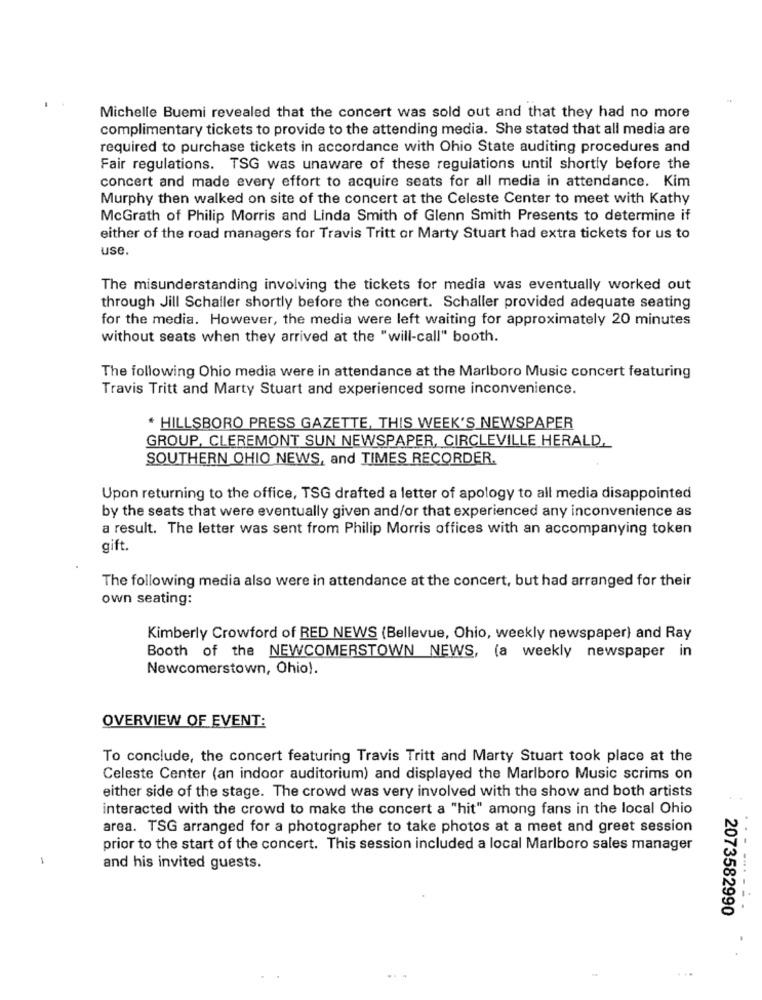
Michelle Buemi revealed that the concert was sold out and that they had no more
complimentary tickets to provide to the attending media. She stated that all media are
required to purchase tickets in accordance with Ohio State auditing procedures and
Fair regulations. TSG was unaware of these regulations until shortly before the
concert and made every effort to acquire seats for all media in attendance. Kim
Murphy then walked on site of the concert at the Celeste Center to meet with Kathy
McGrath of Philip Morris and Linda Smith of Glenn Smith Presents to determine if
either of the road managers for Travis Tritt or Marty Stuart had extra tickets for us to
use.
The misunderstanding involving the tickets for media was eventually worked out
through Jill Schaller shortly before the concert. Schaller provided adequate seating
for the media. However, the media were left waiting for approximately 20 minutes
without seats when they arrived at the "will-call" booth.
The following Ohio media were in attendance at the Marlboro Music concert featuring
Travis Tritt and Marty Stuart and experienced some inconvenience.
* HILLSBORO PRESS GAZETTE, THIS WEEK'S NEWSPAPER
GROUP, CLEREMONT SUN NEWSPAPER, CIRCLEVILLE HERALD.
SOUTHERN OHIO NEWS, and TIMES RECORDER.
Upon returning to the office, TSG drafted a letter of apology to all media disappointed
by the seats that were eventually given and/or that experienced any inconvenience as
a result. The letter was sent from Philip Morris offices with an accompanying token
gift.
The following media also were in attendance at the concert, but had arranged for their
own seating:
Kimberly Crowford of RED NEWS (Bellevue, Ohio, weekly newspaper) and Ray
Booth of the NEWCOMERSTOWN NEWS, (a weekly newspaper in
Newcomerstown, Ohio).
OVERVIEW OF EVENT:
To conclude, the concert featuring Travis Tritt and Marty Stuart took place at the
Celeste Center (an indoor auditorium) and displayed the Marlboro Music scrims on
either side of the stage. The crowd was very involved with the show and both artists
interacted with the crowd to make the concert a "hit" among fans in the local Ohio
area. TSG arranged for a photographer to take photos at a meet and greet session
20
prior to the start of the concert. This session included a local Marlboro sales manager
-
and his invited guests.
--------
2073582990